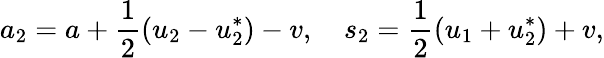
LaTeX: a_{2}=a+\frac{1}{2}(u_{2}-u_{2}^{*})-v,\quad s_{2}=\frac{1}{2}(u_{1}+u_{2}^{*})+v,